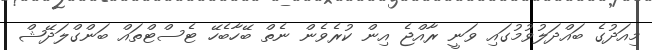
މިއަދުގެ ބައްދަލުވުމުގައި ވަނީ ރާއްޖެ އިން ކުރެވެން ނެތް ބޭހާބެހޭ ޓެސްޓްތައް ބަންގްލަދޭޝް